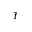
\bar { t }